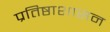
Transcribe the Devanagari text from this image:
प्रतिष्ठाशासन